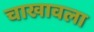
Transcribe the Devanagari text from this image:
चाखावला